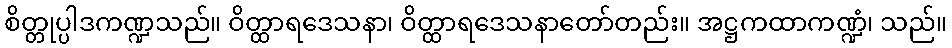
စိတ္တုပ္ပါဒကဏ္ဍသည်။ ဝိတ္ထာရဒေသနာ၊ ဝိတ္ထာရဒေသနာတော်တည်း။ အဋ္ဌကထာကဏ္ဍံ၊ သည်။